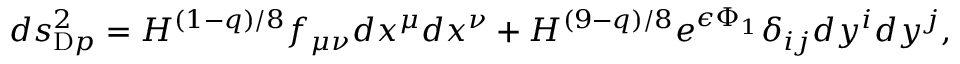
d s _ { \mathrm { D } p } ^ { 2 } = H ^ { ( 1 - q ) / 8 } f _ { \mu \nu } d x ^ { \mu } d x ^ { \nu } + H ^ { ( 9 - q ) / 8 } e ^ { \epsilon \Phi _ { 1 } } \delta _ { i j } d y ^ { i } d y ^ { j } ,